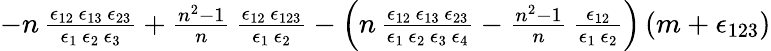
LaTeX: \begin{array}{r}{-n\, \frac{\epsilon_{12}\, \epsilon_{13}\, \epsilon_{23}}{\epsilon_{1}\, \epsilon_{2}\, \epsilon_{3}}+\frac{n^{2}-1}{n}\, \frac{\epsilon_{12}\, \epsilon_{123}}{\epsilon_{1}\, \epsilon_{2}}-\Big(n\, \frac{\epsilon_{12}\, \epsilon_{13}\, \epsilon_{23}}{\epsilon_{1}\, \epsilon_{2}\, \epsilon_{3}\, \epsilon_{4}}-\frac{n^{2}-1}{n}\, \frac{\epsilon_{12}}{\epsilon_{1}\, \epsilon_{2}}\Big)\, (m+\epsilon_{123})}\end{array}